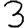
Digit: 3